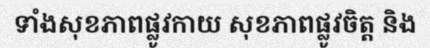
ទាំងសុខភាពផ្លូវកាយ សុខភាពផ្លូវចិត្ត និង